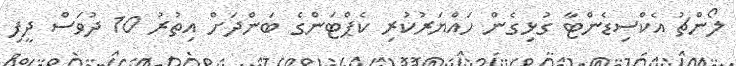
ލޯންޗު އެކްސިޑެންޓާ ގުޅިގެން ހައްޔަރުކުރި ކެޕްޓަންގެ ބަންދަށް އިތުރު 10 ދުވަސް ދީފި